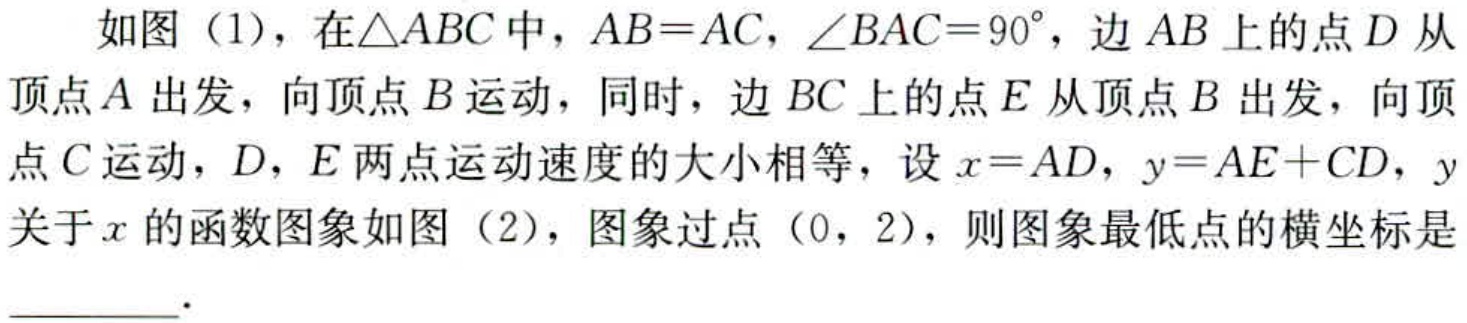
如图（1），在\(\triangle ABC\)中，\(AB = AC\)，\(\angle BAC = 90^{\circ}\)，边\(AB\)上的点\(D\)从顶点\(A\)出发，向顶点\(B\)运动，同时，边\(BC\)上的点\(E\)从顶点\(B\)出发，向顶点\(C\)运动，\(D\)，\(E\)两点运动速度的大小相等，设\(x = AD\)，\(y = AE + CD\)，\(y\)关于\(x\)的函数图象如图（2），图象过点\((0,2)\)，则图象最低点的横坐标是  ．